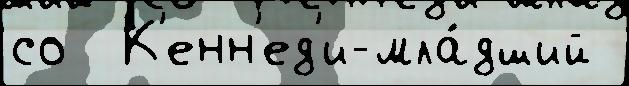
со  К'енн'ед'и-мла́дший